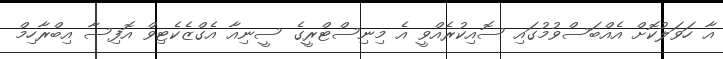
އާ ހަވަލުކޮށް އެއްބަސްވުމުގައި ސޮއިކުރެއްވީ އެ މިނިސްޓްރީގެ ސީނިއާ އެގްޒެކެޓިވް އޮފިސާ އިބްރާހިމް